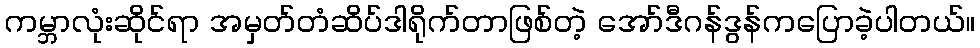
ကမ္ဘာလုံးဆိုင်ရာ အမှတ်တံဆိပ်ဒါရိုက်တာဖြစ်တဲ့ အော်ဒီဂန်ဒွန်ကပြောခဲ့ပါတယ်။